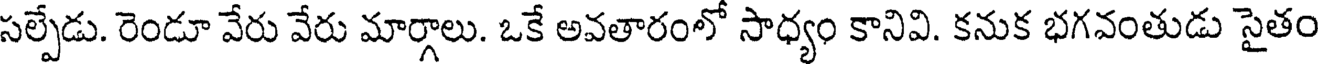
సల్పేడు. రెండూ వేరు వేరు మార్గాలు. ఒకే అవతారంలో సాధ్యం కానివి. కనుక భగవంతుడు సైతం